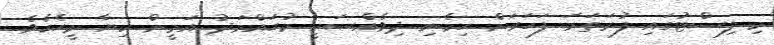
މި ލިސްޓުގައި ފުރަތަމަ ފަހަރަށް ހިމެނި ދިވެއްސަކީ މުހައްމަދު އަމީން ކިޔާ މީހެކެވެ.